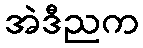
အဲဒီညက